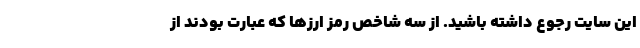
این سایت رجوع داشته باشید. از سه شاخص رمز ارزها که عبارت بودند از